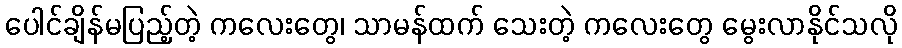
ပေါင်ချိန်မပြည့်တဲ့ ကလေးတွေ၊ သာမန်ထက် သေးတဲ့ ကလေးတွေ မွေးလာနိုင်သလို